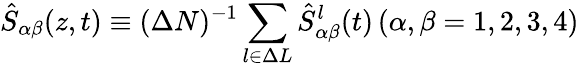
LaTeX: \hat{S}_{\alpha\beta}(z,t)\equiv(\Delta N)^{-1}\sum_{l\in\Delta L}\hat{S}_{\alpha\beta}^{l}(t)\, (\alpha,\beta=1,2,3,4)